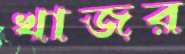
খাজর